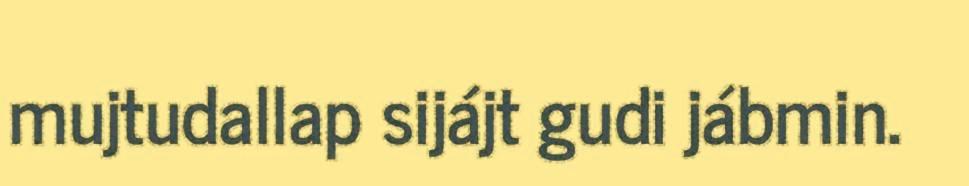
mujtudallap sijájt gudi jábmin.